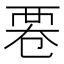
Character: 䙴